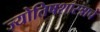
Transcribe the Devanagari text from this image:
ज्योतिषशास्त्राचे